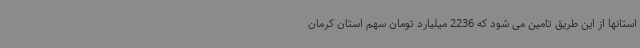
استانها از این طریق تامین می شود که 2236 میلیارد تومان سهم استان کرمان